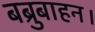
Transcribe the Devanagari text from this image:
बब्रुबाहन।